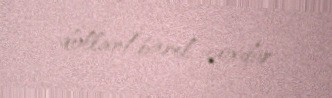
dollar/barel çoxdur.